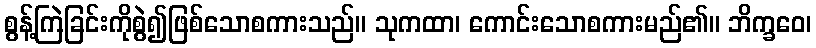
စွန့်ကြဲခြင်းကိုစွဲ၍ဖြစ်သောစကားသည်။ သုကထာ၊ ကောင်းသောစကားမည်၏။ ဘိက္ခဝေ၊